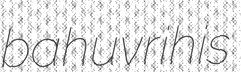
bahuvrihis